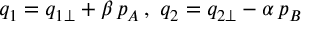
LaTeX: q _ { 1 } = q _ { 1 \perp } + \beta \, p _ { A } \, , \, \, q _ { 2 } = q _ { 2 \perp } - \alpha \, p _ { B } \,